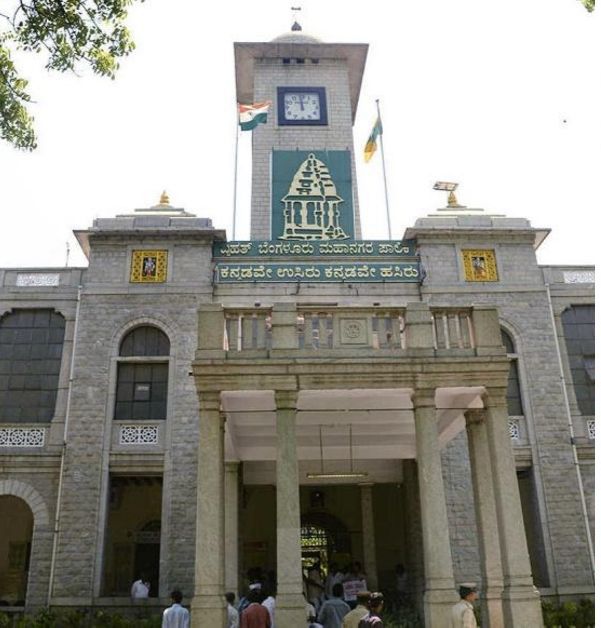
Language: kannada
Transcription: ಬೆಂಗಳೂರು ಮಹಾನಗರ ಉಸಿರು ಕನ್ನಡವೇ ಹಸಿರು ಕನ್ನಡವೇ